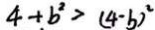
4 + b ^ { 2 } > ( 4 - b ) ^ { 2 }